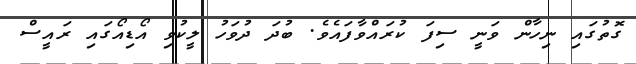
ގޮތުގައި ނިހާން ވަނީ ސިފަ ކުރައްވާފައެވެ. ބުދަ ދުވަހު ލީކުވި އޯޑިއޯގައި ރައީސް